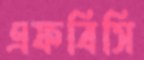
এফবিসি